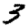
Digit: 3